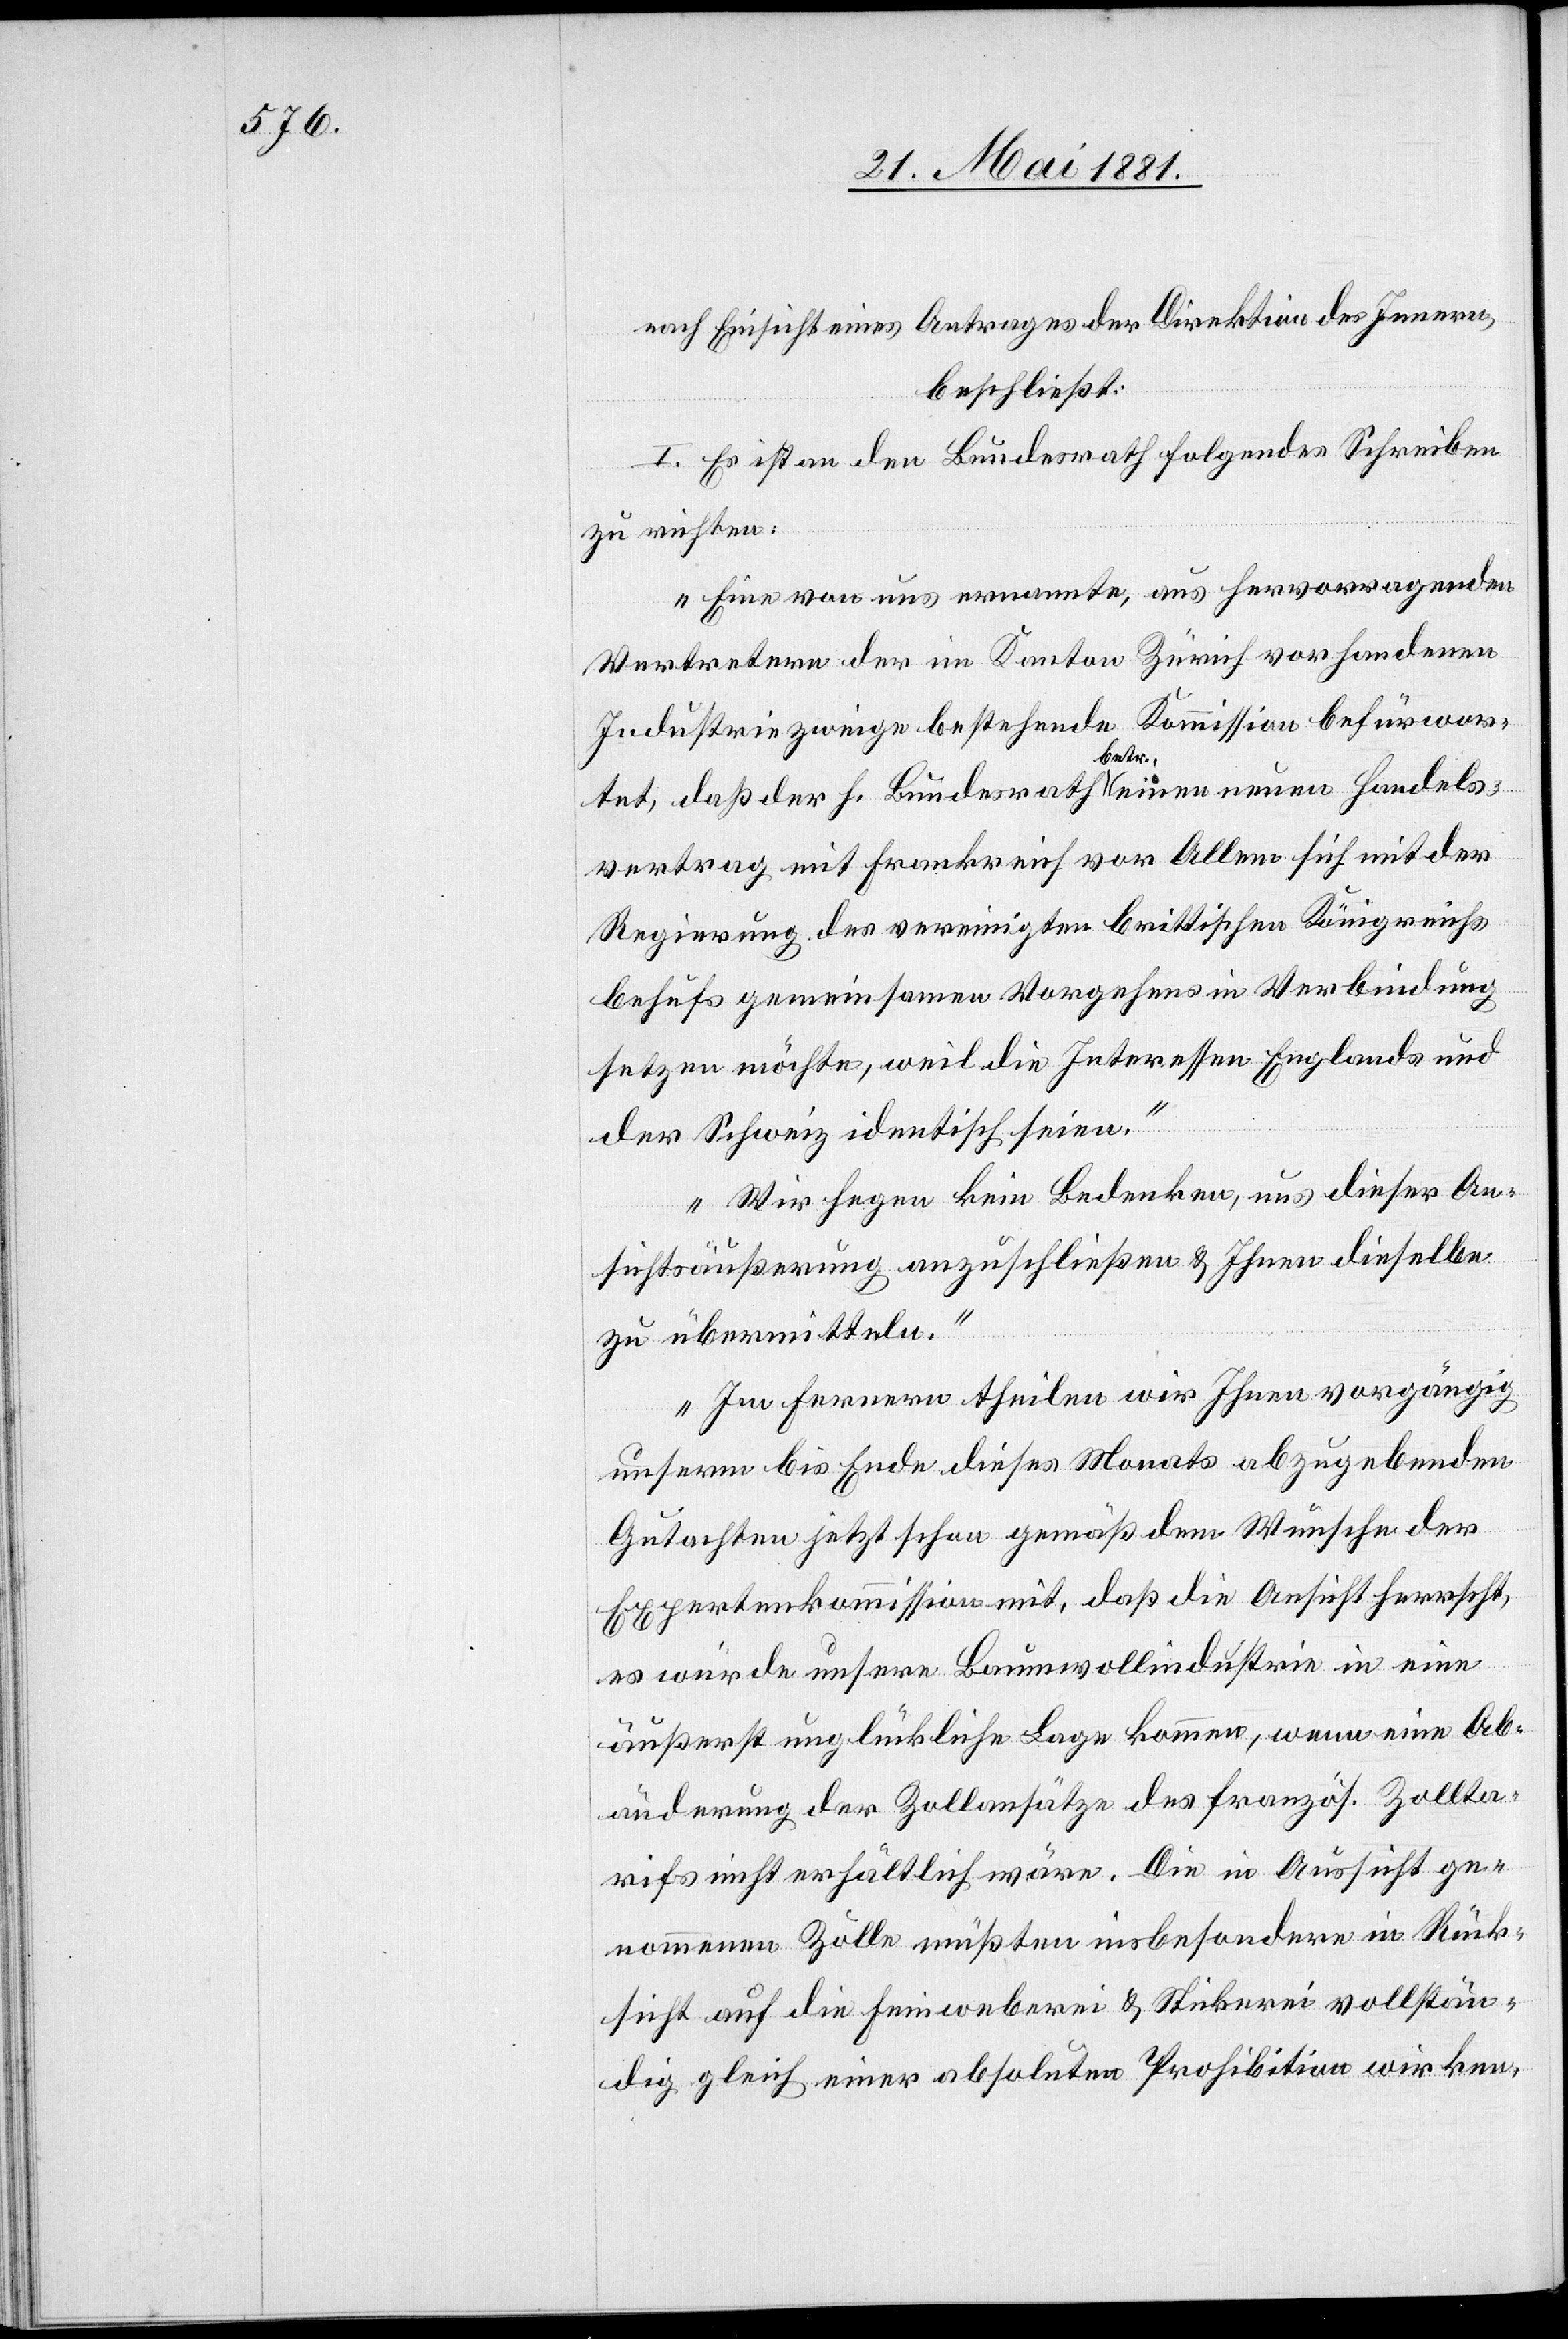
nach Einsicht eines Antrages der Direktion des Innern,
beschließt:
I. Es ist an den Bundesrath folgendes Schreiben
zu richten:
„Eine von uns ernannte, aus hervorragenden
Vertretern der im Kanton Zürich vorhandenen
Industriezweige bestehende Kommission befürwor¬
tet, daß der h. Bundesrath betr. einen neuen Handels¬
vertrag mit Frankreich vor Allem sich mit der
Regierung des vereinigten brittischen [sic!]
behufs gemeinsamen Vorgehens in Verbindung
setzen möchte, weil die Interessen Englands und
der Schweiz identisch seien.
Wir hegen kein Bedenken, uns dieser An¬
sichtsäußerung anzuschließen & Ihnen dieselbe
zu übermitteln.
Im fernern theilen wir Ihnen vorgängig
unserm bis Ende dieses Monats abzugebenden
Gutachten jetzt schon gemäß dem Wunsche der
Expertenkommission mit, daß die Ansicht herrscht,
es würde unsere Baumwollindustrie in eine
äußerst unglückliche Lage kommen, wenn ein Ab¬
änderung der Zollansätze des französ. Zollta¬
rifs nicht erhältlich wäre. Die in Aussicht ge¬
nommenen Zölle müßten insbesondere in Rück¬
sicht auf die Feinweberei & Stickerei vollstän¬
dig gleich einer absoluten Prohibition wirken,